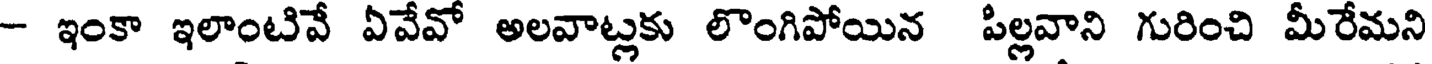
- ఇంకా ఇలాంటివే ఏవేవో అలవాట్లకు లొంగిపోయిన పిల్లవాని గురించి మీరేమని